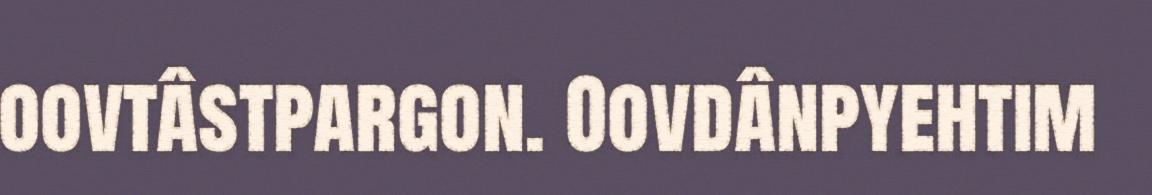
oovtâstpargon. Oovdânpyehtim